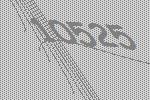
10525